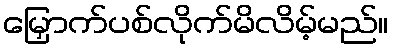
မြှောက်ပစ်လိုက်မိလိမ့်မည်။